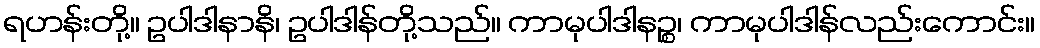
ရဟန်းတို့။ ဥပါဒါနာနိ၊ ဥပါဒါန်တို့သည်။ ကာမုပါဒါနဉ္စ၊ ကာမုပါဒါန်လည်းကောင်း။